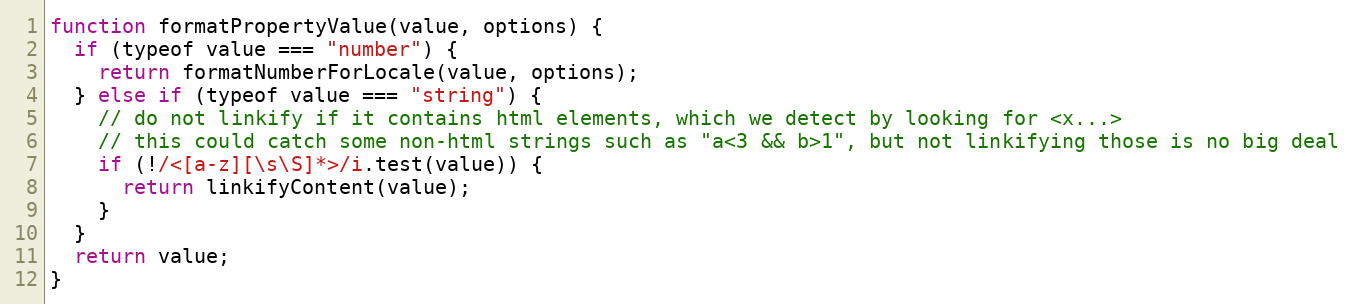
Language: JavaScript
function formatPropertyValue(value, options) {
  if (typeof value === "number") {
    return formatNumberForLocale(value, options);
  } else if (typeof value === "string") {
    // do not linkify if it contains html elements, which we detect by looking for <x...>
    // this could catch some non-html strings such as "a<3 && b>1", but not linkifying those is no big deal
    if (!/<[a-z][\s\S]*>/i.test(value)) {
      return linkifyContent(value);
    }
  }
  return value;
}